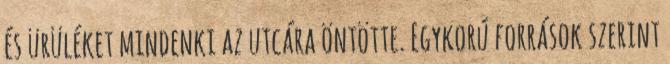
és ürüléket mindenki az utcára öntötte. Egykorú források szerint